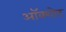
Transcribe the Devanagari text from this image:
ऑक्शोट